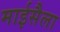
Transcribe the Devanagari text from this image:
माईसैला